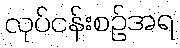
လုပ်ငန်းစဉ်အရ